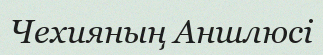
Чехияның Аншлюсі